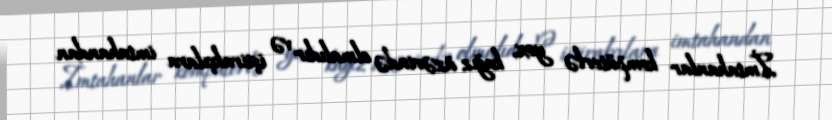
İmtahanlar kompüterlə yox, kağız üzərində olmalıdır və iştirakçılara imtahandan